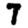
Digit: 7